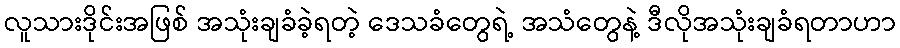
လူသားဒိုင်းအဖြစ် အသုံးချခံခဲ့ရတဲ့ ဒေသခံတွေရဲ့ အသံတွေနဲ့ ဒီလိုအသုံးချခံရတာဟာ